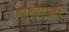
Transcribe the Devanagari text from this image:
सखाओ